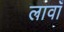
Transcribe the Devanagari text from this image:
लावाँ